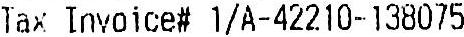
TAX INVOICE# 1/A-42210-138075